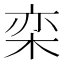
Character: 栾